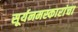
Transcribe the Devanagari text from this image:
सूर्यनमस्कारांचा